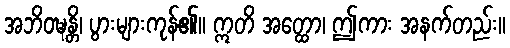
အဘိဝဍ္ဎန္တိ၊ ပွားများကုန်၏။ ဣတိ အတ္ထော၊ ဤကား အနက်တည်း။